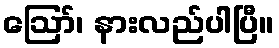
ဪ၊ နားလည်ပါပြီ။